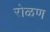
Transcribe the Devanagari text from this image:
रोळण